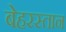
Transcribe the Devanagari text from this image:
बेहरस्तान